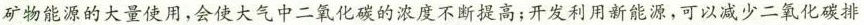
矿物能源的大量使用，会使大气中二氧化碳的浓度不断提高；开发利用新能源，可以减少二氧化碳排